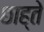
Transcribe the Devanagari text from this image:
छाह्ते